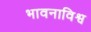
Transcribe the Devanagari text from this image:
भावनाविश्व